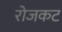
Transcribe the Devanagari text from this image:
रोजकट